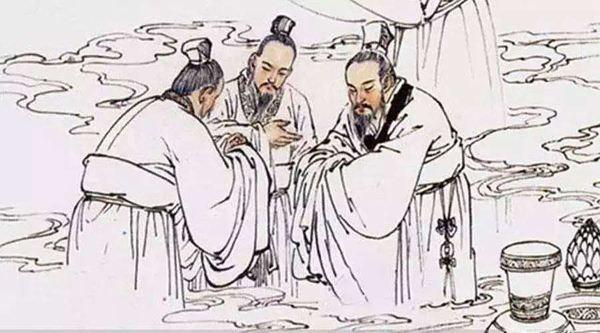
拔一毛而利天下，不为也。